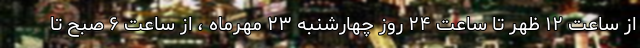
از ساعت ۱۲ ظهر تا ساعت ۲۴ روز چهارشنبه ۲۳ مهرماه ، از ساعت ۶ صبح تا